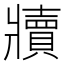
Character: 𬌏